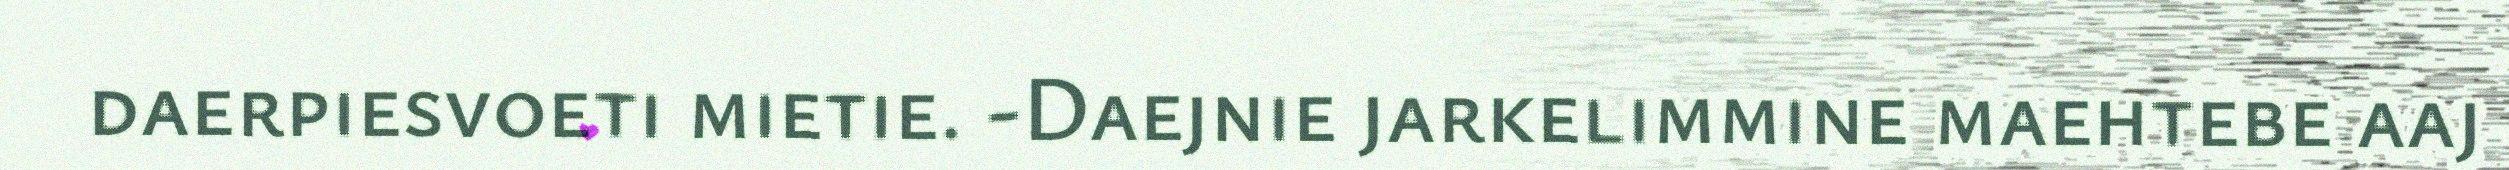
daerpiesvoeti mietie. -Daejnie jarkelimmine maehtebe aaj